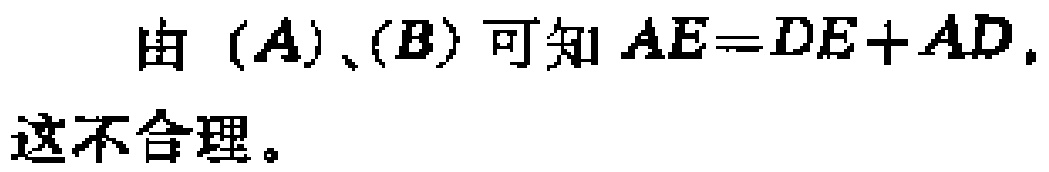
由 \((A)\)、\((B)\) 可知 \(AE = DE + AD\). 这不合理。